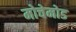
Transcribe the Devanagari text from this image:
मोचेमोड